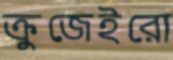
ক্রুজেইরো